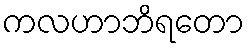
ကလဟာဘိရတော